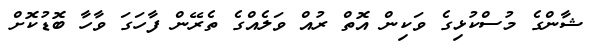
ޝާންގެ މުސްކުޅިގެ ވަކިން އޮތް ރުއް ވަލެއްގެ ތެރޭން ފާހަގަ ވާހާ ބޮޑުކޮށް